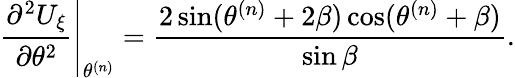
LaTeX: \left.\frac{\partial^{2}U_{\xi}}{\partial\theta^{2}}\right|_{\theta^{(n)}}=\frac{2\sin(\theta^{(n)}+2\beta)\cos(\theta^{(n)}+\beta)}{\sin\beta}.